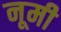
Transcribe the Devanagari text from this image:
नूमी